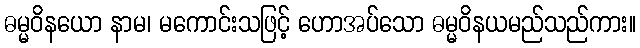
ဓမ္မဝိနယော နာမ၊ မကောင်းသဖြင့် ဟောအပ်သော ဓမ္မဝိနယမည်သည်ကား။